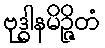
ဗုဒ္ဓါနမိဉ္ဇိတံ